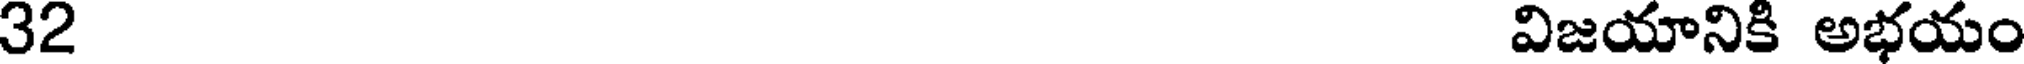
32 విజయానికి అభయం